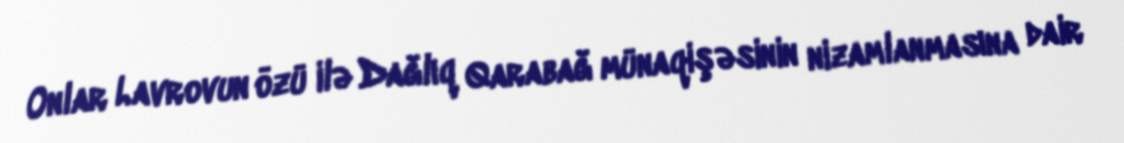
Onlar Lavrovun özü ilə Dağlıq Qarabağ münaqişəsinin nizamlanmasına dair